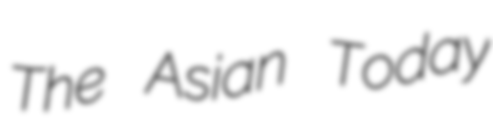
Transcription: The Asian Today